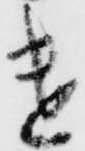
遣